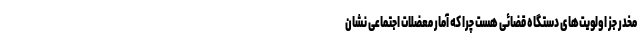
مخدر جز اولویت‌های دستگاه قضائی هست چرا که آمار معضلات اجتماعی نشان